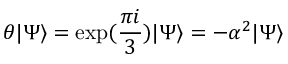
\theta \vert \Psi \rangle = \exp ( \frac { \pi i } { 3 } ) \vert \Psi \rangle = - \alpha ^ { 2 } \vert \Psi \rangle